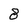
Character: 8